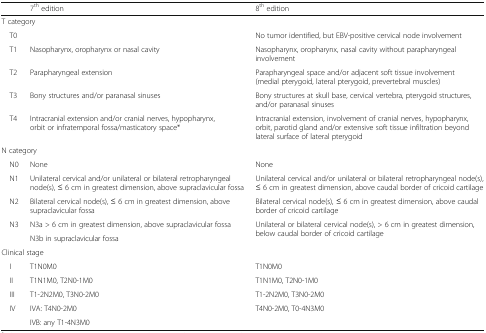
|  | 7th edition | 8th edition |
 | --- | --- | --- |
 | <COLSPAN=3> T category |
 | T0 |  | No tumor identified, but EBV-positive cervical node involvement |
 | T1 | Nasopharynx, oropharynx or nasal cavity | Nasopharynx, oropharynx, nasal cavity without parapharyngeal involvement |
 | T2 | Parapharyngeal extension | Parapharyngeal space and/or adjacent soft tissue involvement (medial pterygoid, lateral pterygoid, prevertebral muscles) |
 | T3 | Bony structures and/or paranasal sinuses | Bony structures at skull base, cervical vertebra, pterygoid structures, and/or paranasal sinuses |
 | T4 | Intracranial extension and/or cranial nerves, hypopharynx, orbit or infratemporal fossa/masticatory space* | Intracranial extension, involvement of cranial nerves, hypopharynx, orbit, parotid gland and/or extensive soft tissue infiltration beyond lateral surface of lateral pterygoid |
 | <COLSPAN=3> N category |
 | N0 | None | None |
 | N1 | Unilateral cervical and/or unilateral or bilateral retropharyngeal node(s), ≤ 6 cm in greatest dimension, above supraclavicular fossa | Unilateral cervical and/or unilateral or bilateral retropharyngeal node(s), ≤ 6 cm in greatest dimension, above caudal border of cricoid cartilage |
 | N2 | Bilateral cervical node(s), ≤ 6 cm in greatest dimension, above supraclavicular fossa | Bilateral cervical node(s), ≤ 6 cm in greatest dimension, above caudal border of cricoid cartilage |
 | <ROWSPAN=2> N3 | N3a > 6 cm in greatest dimension, above supraclavicular fossa | <ROWSPAN=2> Unilateral or bilateral cervical node(s), > 6 cm in greatest dimension, below caudal border of cricoid cartilage |
 | N3b in supraclavicular fossa |
 | <COLSPAN=3> Clinical stage |
 | I | T1N0M0 | T1N0M0 |
 | II | T1N1M0, T2N0-1M0 | T1N1M0, T2N0-1M0 |
 | III | T1-2N2M0, T3N0-2M0 | T1-2N2M0, T3N0-2M0 |
 | <ROWSPAN=2> IV | IVA: T4N0-2M0 | <ROWSPAN=2> T4N0-2M0, T0-4N3M0 |
 | IVB: any T1-4N3M0 |